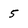
Character: 5